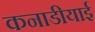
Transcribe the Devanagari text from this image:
कनाडीयाई